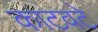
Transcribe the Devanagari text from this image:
काटवटे